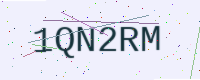
Text: 1QN2RM